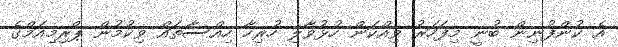
އެ ކުންފުނިން ބުނީ މިފަހަރު ވިއްކަން ހުޅުވާލި ހުރިހާ ހިއްސާތައް ވިކުމުން ޕްރިމިއަމްގެ